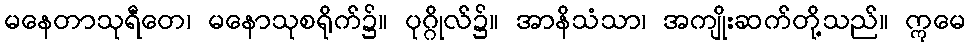
မနေတာသုရီတေ၊ မနောသုစရိုက်၌။ ပုဂ္ဂိုလ်၌။ အာနိသံသာ၊ အကျိုးဆက်တို့သည်။ ဣမေ